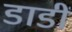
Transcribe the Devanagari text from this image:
डाडीं